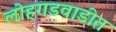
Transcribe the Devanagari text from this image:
लोहगडवाडीत